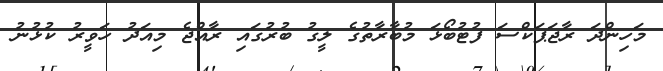
މަހިންދަ ރާޖަޕަކްސަ ފުޓުބޯޅަ މުބާރާތުގެ ލީގު ބުރުގައި ރާއްޖެ މިއަދު ހަވީރު ކުޅުނު